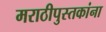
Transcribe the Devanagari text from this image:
मराठीपुस्तकांना